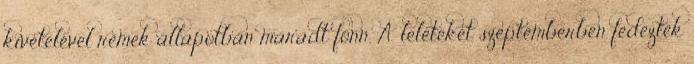
kivételével remek állapotban maradt fönn. A leleteket szeptemberben fedezték